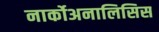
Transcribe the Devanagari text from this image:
नार्कोअनालिसिस